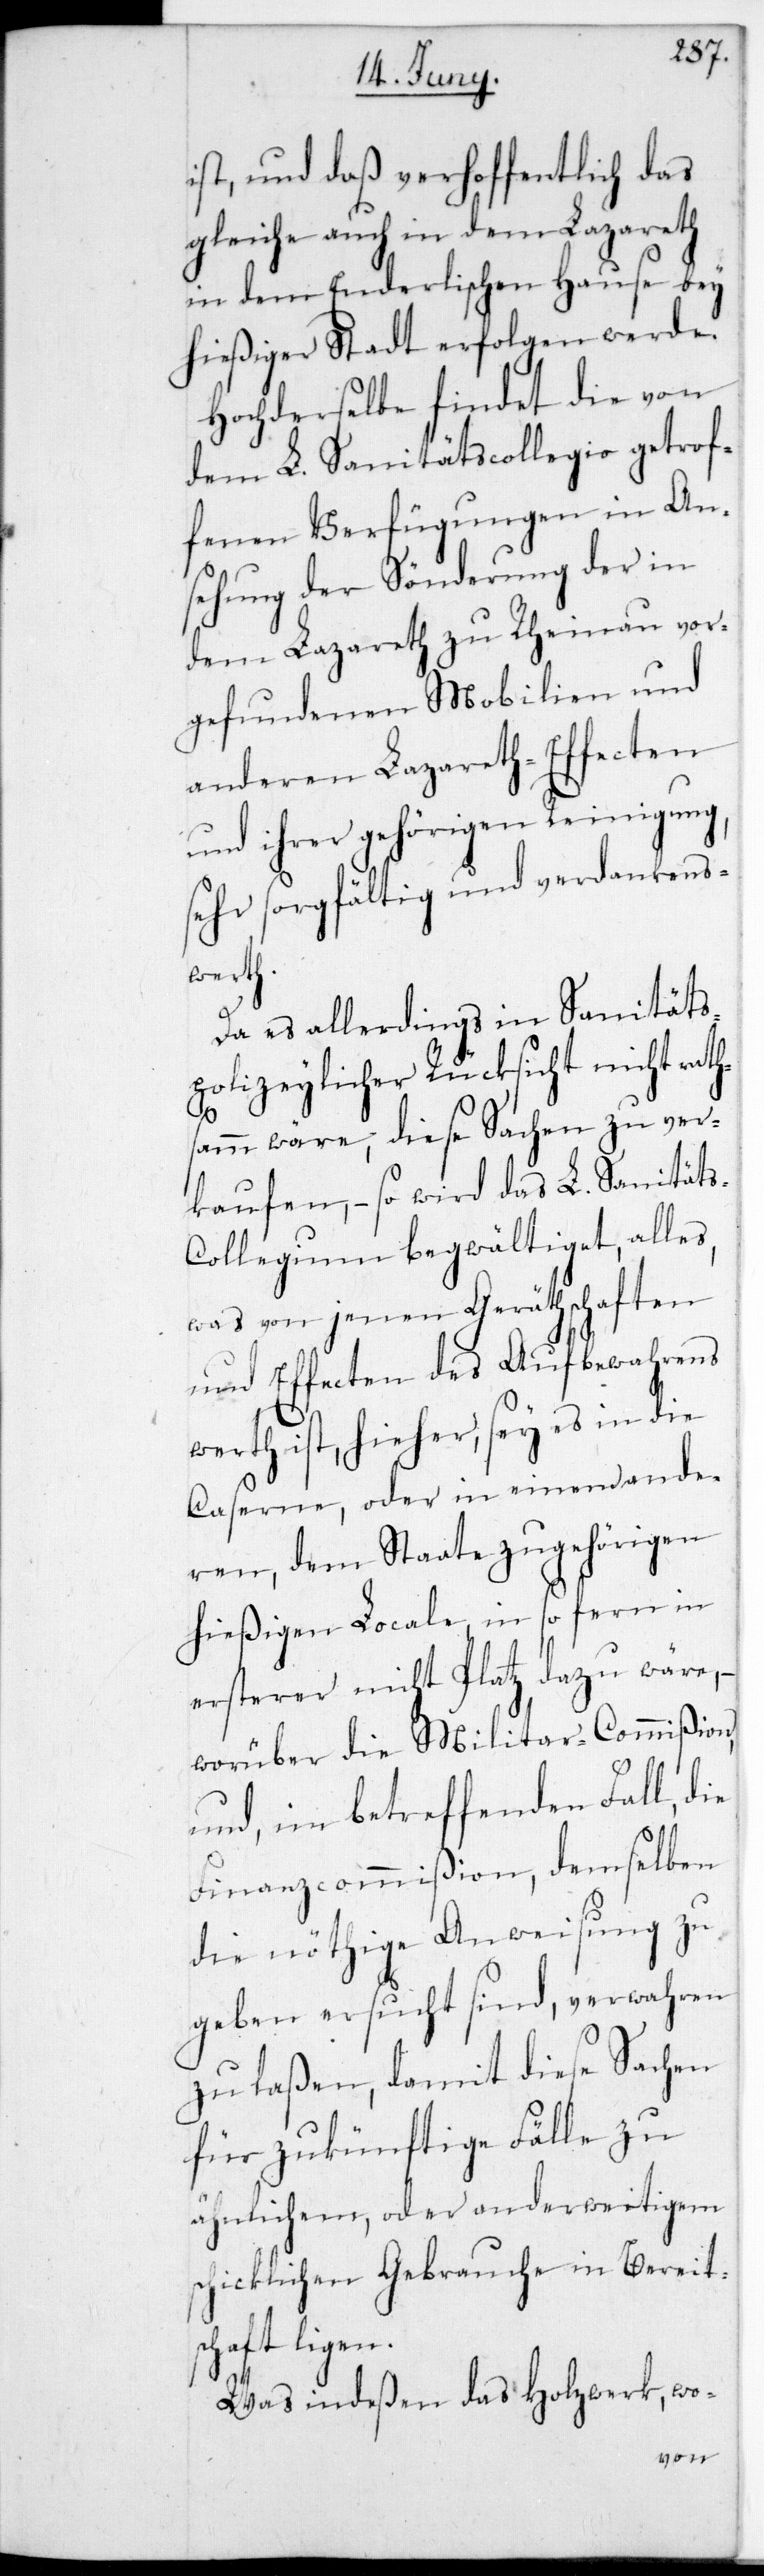
ist, und daß verhoffentlich das
Gleiche auch in dem Lazareth
in dem Enderlischen Hause bey
hießiger Stadt erfolgen werde.
Hochderselbe findet die von
dem L. Sanitäts-Collegio getrof¬
fenen Verfügungen in An¬
sehung der Sönderung der in
einau vor¬
dem Lazareth zu Rh¬
gefundenen Mobilien und
anderen Lazareth-Effecten
und ihrer gehörigen Reinigung,
sehr sorgfältig und verdankens¬
werth.
Da es allerdings in Sanität¬
s-polizeylicher Rücksicht nicht raths¬
am wäre, diese Sachen zu ver¬
kaufen, – so wird das L. Sanität¬
s-Collegium begwältiget, alles
was von jenen Geräthschaften
und Effecten des Aufbewahrens
werth ist, hieher, sey es in die
Caserne oder in einen ande¬
ren, dem Staate zugehörigen
hießigen Locale, in so fern in
ersterer nicht Platz dazu wäre,
worüber die Militar-Commißion
und im betreffenden Fall, die
Finanzcommißion demselben
die nöthige Anweisung zu
geben ersucht sind, verwahren
zu laßen, damit diese Sachen
für zukünftige Fälle zu
ähnlichen oder anderweitigen
schicklichen Gebrauche in Bereit¬
schaft ligen.
Was indeßen das Holzwerk, wo-